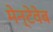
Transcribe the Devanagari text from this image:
मेन्टेवेब